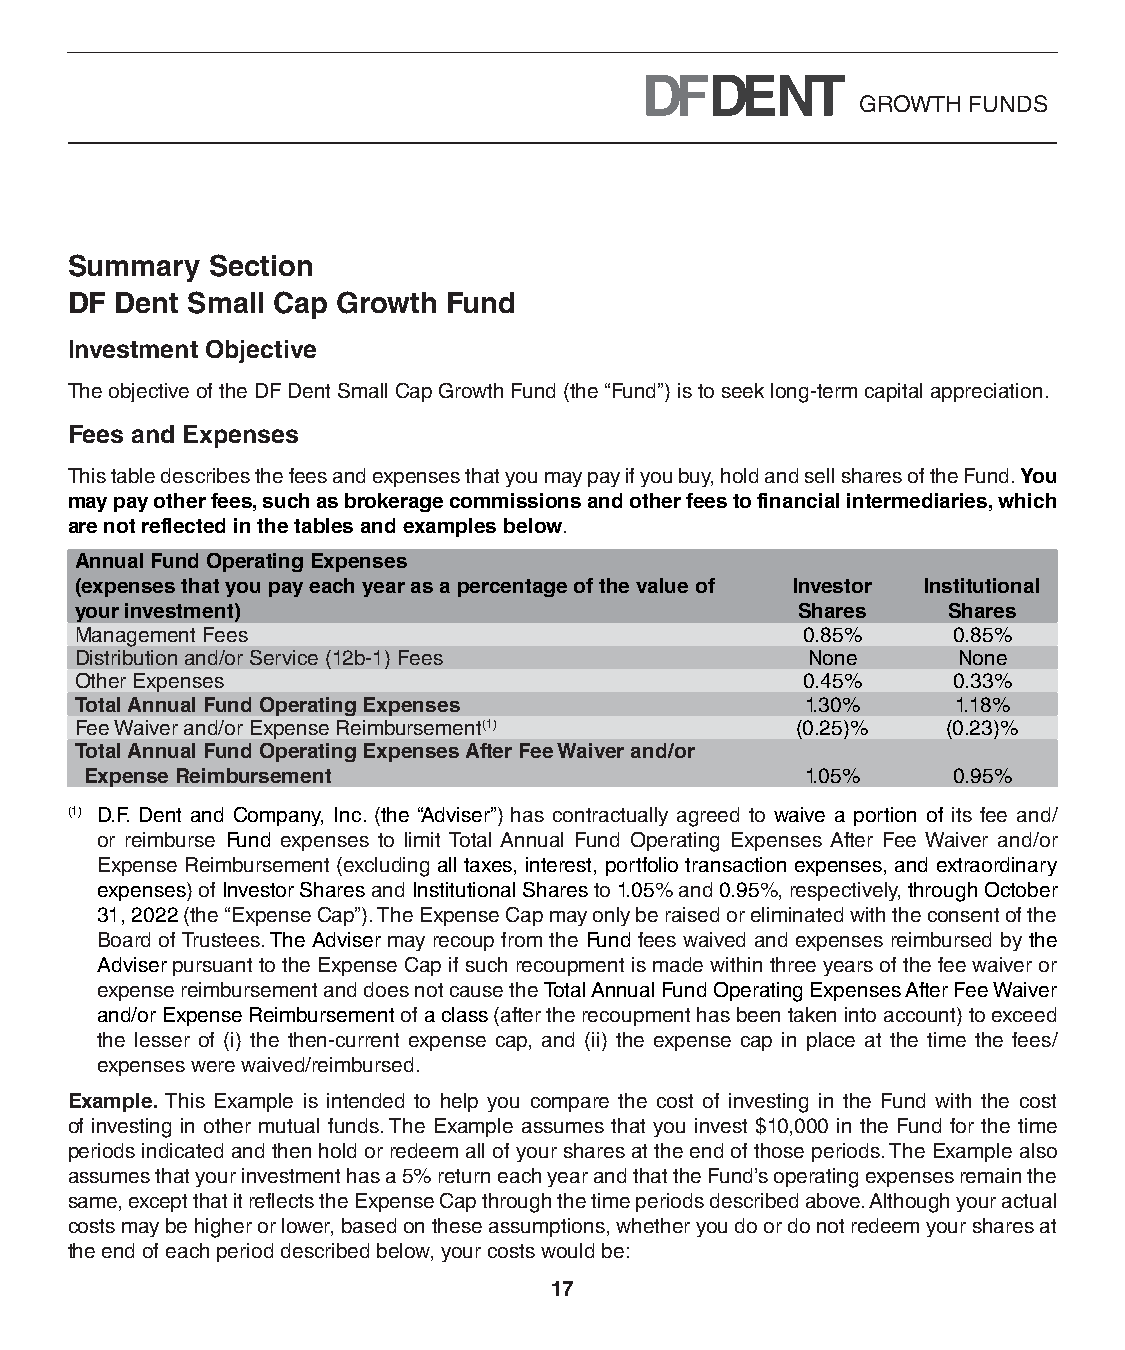
GROWTH FUNDS
 Summary   Section
 DF  Dent Small Cap Growth Fund
 Investment Objective
 The objective of the DF Dent Small Cap Growth Fund (the “Fund”) is to seek long-term capital appreciation.
 Fees and Expenses
 This table describes the fees and expenses that you may pay if you buy, hold and sell shares of the Fund. You
 may pay other fees, such as brokerage commissions and other fees to financial intermediaries, which
 are not reflected in the tables and examples below.
 Annual Fund Operating Expenses
 (expenses that you pay each year as a percentage of the value of Investor Institutional
 your investment)                                Shares    Shares
 Management Fees                                 0.85%     0.85%
 Distribution and/or Service (12b-1) Fees        None      None
 Other Expenses                                  0.45%     0.33%
 Total Annual Fund Operating Expenses            1.30%     1.18%
 Fee Waiver and/or Expense Reimbursement(1)      (0.25)%   (0.23)%
 Total Annual Fund Operating Expenses After Fee Waiver and/or
 Expense Reimbursement                          1.05%     0.95%
 (1) D.F. Dent and Company, Inc. (the “Adviser”) has contractually agreed to waive a portion of its fee and/
 or reimburse Fund expenses to limit Total Annual Fund Operating Expenses After Fee Waiver and/or
 Expense Reimbursement (excluding all taxes, interest, portfolio transaction expenses, and extraordinary
 expenses) of Investor Shares and Institutional Shares to 1.05% and 0.95%, respectively, through October
 31, 2022 (the “Expense Cap”). The Expense Cap may only be raised or eliminated with the consent of the
 Board of Trustees. The Adviser may recoup from the Fund fees waived and expenses reimbursed by the
 Adviser pursuant to the Expense Cap if such recoupment is made within three years of the fee waiver or
 expense reimbursement and does not cause the Total Annual Fund Operating Expenses After Fee Waiver
 and/or Expense Reimbursement of a class (after the recoupment has been taken into account) to exceed
 the lesser of (i) the then-current expense cap, and (ii) the expense cap in place at the time the fees/
 expenses were waived/reimbursed.
 Example. This Example is intended to help you compare the cost of investing in the Fund with the cost
 of investing in other mutual funds. The Example assumes that you invest $10,000 in the Fund for the time
 periods indicated and then hold or redeem all of your shares at the end of those periods. The Example also
 assumes that your investment has a 5% return each year and that the Fund’s operating expenses remain the
 same, except that it reflects the Expense Cap through the time periods described above. Although your actual
 costs may be higher or lower, based on these assumptions, whether you do or do not redeem your shares at
 the end of each period described below, your costs would be:
 17